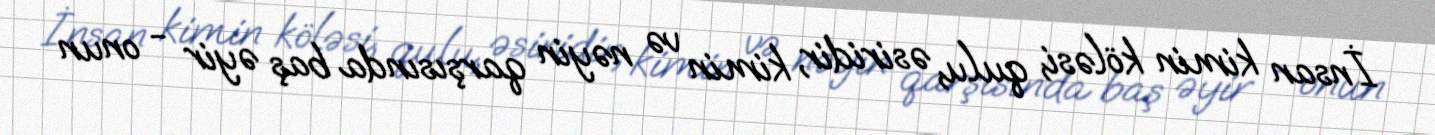
İnsan kimin köləsi, qulu, əsiridir, kimin və nəyin qarşısında baş əyir - onun